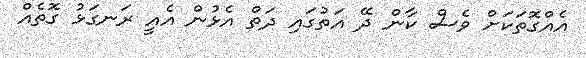
އެއްގޮތަކަށް ވެސް ކާން ދޭ އަތުގައި ދަތް އެޅުން އެއީ ރަނގަޅު ގޮތެއް